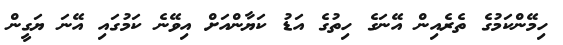
ހިމޭންކަމުގެ ތެރެއިން އޭނަގެ ހިތުގެ އަޑު ކަޔާންއަށް އިވޭނެ ކަމުގައި އޭނަ ޔަގީން